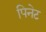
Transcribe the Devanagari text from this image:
पिनेट